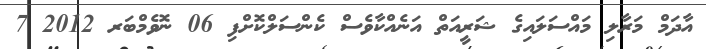
އާދަމް މަރާލި މައްސަލައިގެ ޝަރީއަތް އަނެއްކާވެސް ކެންސަލްކޮށްފި 06 ނޮވެމްބަރ 2012 7